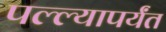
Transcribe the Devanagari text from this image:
पल्ल्यापर्यंत